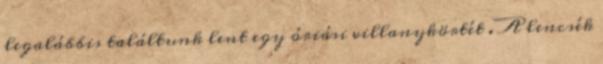
legalábbis találtunk lent egy óriási villanykörtét . A lencsék